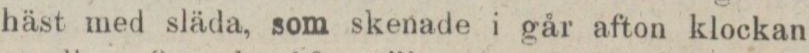
häst med släda, som skenade i går afton klockan